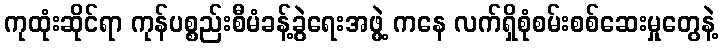
ကုထုံးဆိုင်ရာ ကုန်ပစ္စည်းစီမံခန့်ခွဲရေးအဖွဲ့ ကနေ လက်ရှိစုံစမ်းစစ်ဆေးမှုတွေနဲ့